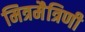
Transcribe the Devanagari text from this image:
मित्रमैत्रिणी